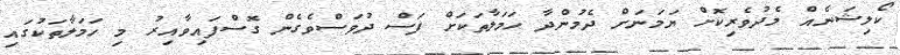
ކޯލިޝަނެއް މެދުވެރިކޮށް ޔަމަނަށް ދެމުންދާ ހަމަލާތަކަށް ފަސް ދުވަސްވެގެން ގޮސްފައިވާއިރު މި ހަމަލާތަކުގައި